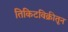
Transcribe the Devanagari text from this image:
तिकिटविक्रीतून